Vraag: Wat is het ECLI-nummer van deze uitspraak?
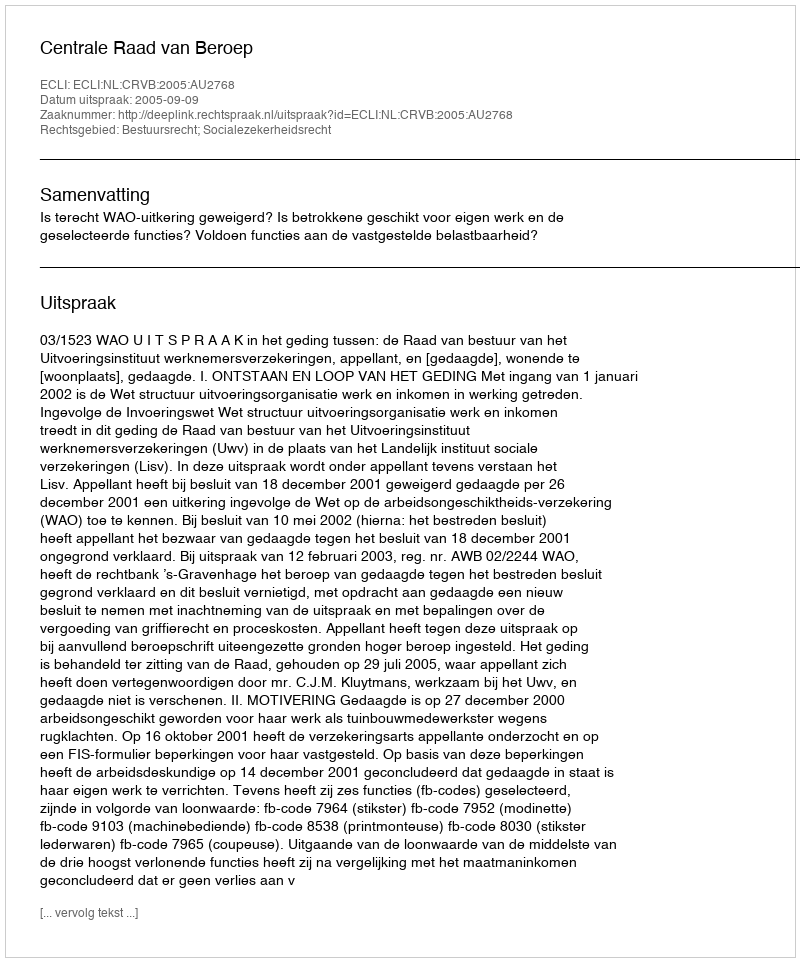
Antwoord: ECLI:NL:CRVB:2005:AU2768